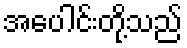
အပေါင်းတို့သည်